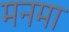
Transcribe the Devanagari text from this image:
मनमा